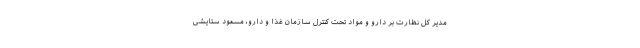
مدیر کل نظارت بر دارو و مواد تحت کنترل سازمان غذا و دارو، مسعود ستایشی